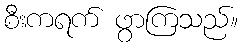
စီးကရက် ဖွာကြသည်။